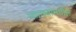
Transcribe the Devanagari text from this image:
व्याख्यांमधील